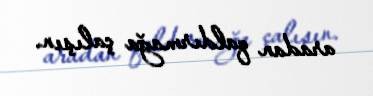
aradan qaldırmağa çalışın.